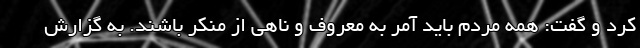
کرد و گفت: همه مردم باید آمر به معروف و ناهی از منکر باشند. به گزارش